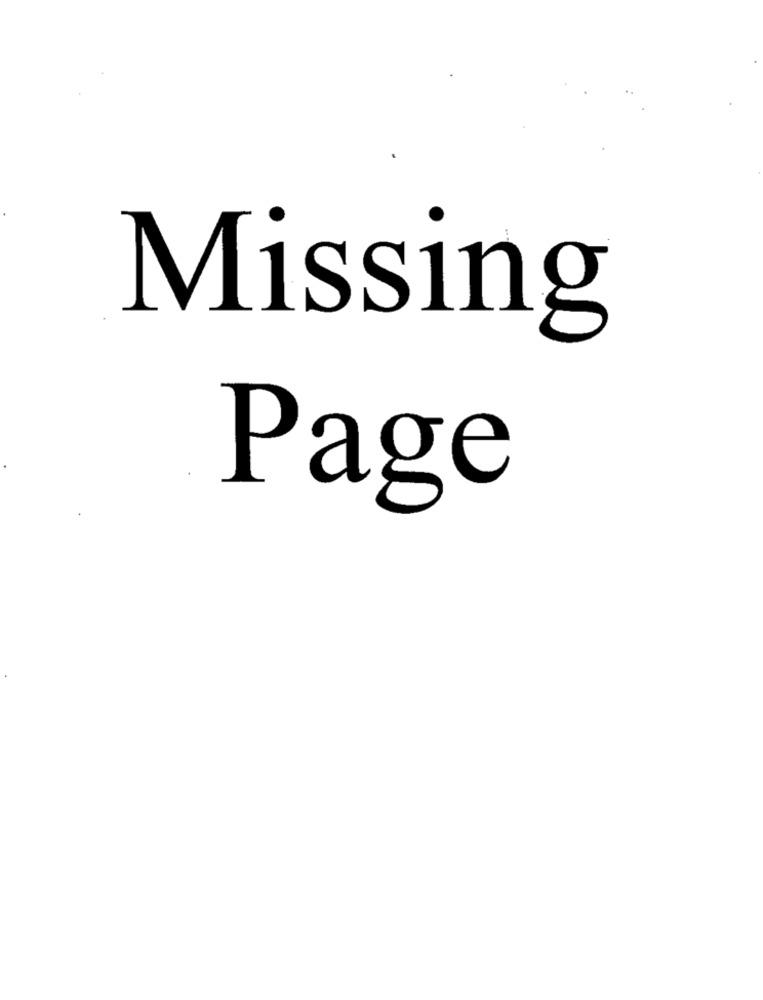
Missing
Page